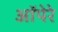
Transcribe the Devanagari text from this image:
ऑपेरे